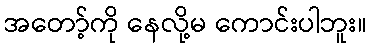
အတော့်ကို နေလို့မ ကောင်းပါဘူး။